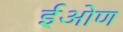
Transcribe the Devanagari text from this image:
ईओण